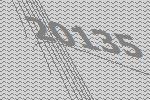
20135